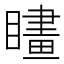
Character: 𥊮